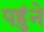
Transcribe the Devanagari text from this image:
पहुंने